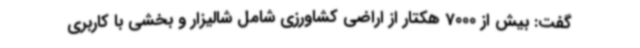
گفت: بیش از 7000 هکتار از اراضی کشاورزی شامل شالیزار و بخشی با کاربری